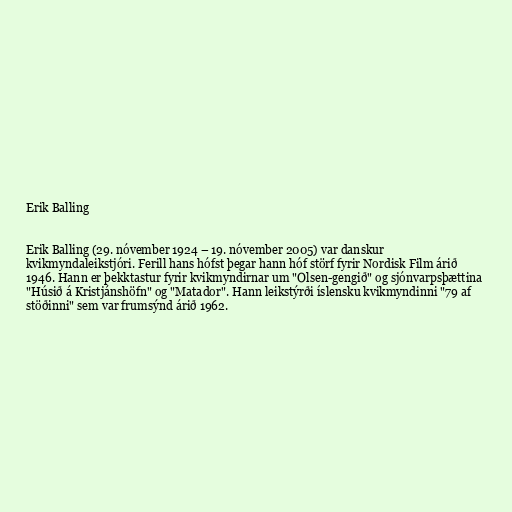
Erik Balling

Erik Balling (29. nóvember 1924 – 19. nóvember 2005) var danskur
kvikmyndaleikstjóri. Ferill hans hófst þegar hann hóf störf fyrir Nordisk Film árið
1946. Hann er þekktastur fyrir kvikmyndirnar um "Olsen-gengið" og sjónvarpsþættina
"Húsið á Kristjánshöfn" og "Matador". Hann leikstýrði íslensku kvikmyndinni "79 af
stöðinni" sem var frumsýnd árið 1962.